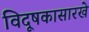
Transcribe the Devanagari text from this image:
विदूषकासारखे